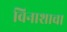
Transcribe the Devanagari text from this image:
विनाशाचा